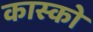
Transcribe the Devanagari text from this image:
कास्को